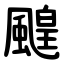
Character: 䬖